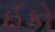
ઈકો